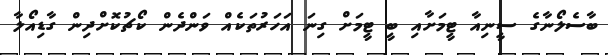
ބާސެލޯނާގެ ސީނިއާ ޓީމަށާއި ބީ ޓީމަށް ގިނަ އަހަރުތަކެއް ވަންދެން ކޯޗުކޮށްދިން ގާޑިއޯލާ